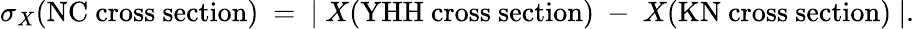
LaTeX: \sigma_{X}(\mathrm{NC~cross~section})~=~\vert~X(\mathrm{YHH~cross~section})~-~X(\mathrm{KN~cross~section})~\vert.